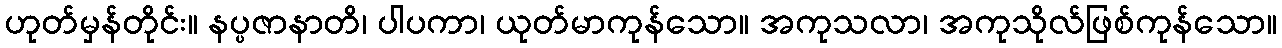
ဟုတ်မှန်တိုင်း။ နပ္ပဇာနာတိ၊ ပါပကာ၊ ယုတ်မာကုန်သော။ အကုသလာ၊ အကုသိုလ်ဖြစ်ကုန်သော။